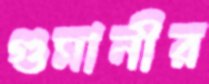
গুমানীর